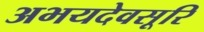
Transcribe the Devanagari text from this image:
अभयदेवसूरि